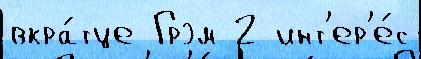
вкра́тце Грэм 2 инт'ер'е́с